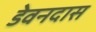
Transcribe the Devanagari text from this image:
डेवनदास